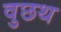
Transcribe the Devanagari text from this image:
वुछथ